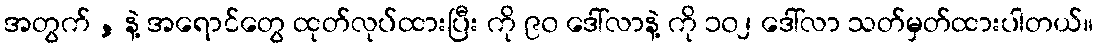
အတွက် , နဲ့ အရောင်တွေ ထုတ်လုပ်ထားပြီး ကို ၉၀ ဒေါ်လာနဲ့ ကို ၁၀၂ ဒေါ်လာ သတ်မှတ်ထားပါတယ်။